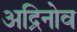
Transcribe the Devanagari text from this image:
अद्रिनोव